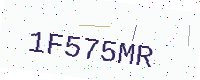
Text: 1F575MR